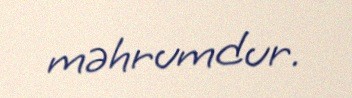
məhrumdur.